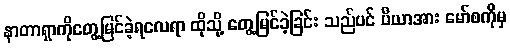
နာတာရှာကိုတွေ့မြင်ခဲ့ရလေရာ ထိုသို့ တွေ့မြင်ခဲ့ခြင်း သည်ပင် ပီယာအား မော်စကိုမှ